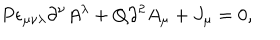
LaTeX: P \epsilon _ { \mu \nu \lambda } \partial ^ { \nu } A ^ { \lambda } + Q \partial ^ { 2 } A _ { \mu } + J _ { \mu } = 0 ,